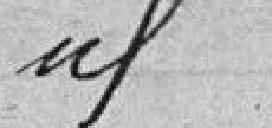
idem